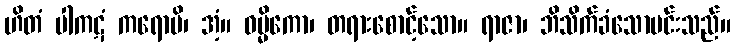
ဟိတံ ပါကဋံ ကရောမိ၊ အံ့။ ဓမ္မိကော၊ တရားစောင့်သော။ ရာဇာ၊ ဘိသိက်ခံသောမင်းသည်။